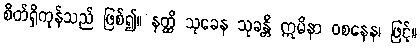
စိတ်ရှိကုန်သည် ဖြစ်၍။ နတ္ထိ သုခေန သုခန္တိ ဣမိနာ ဝစနေန၊ ဖြင့်။